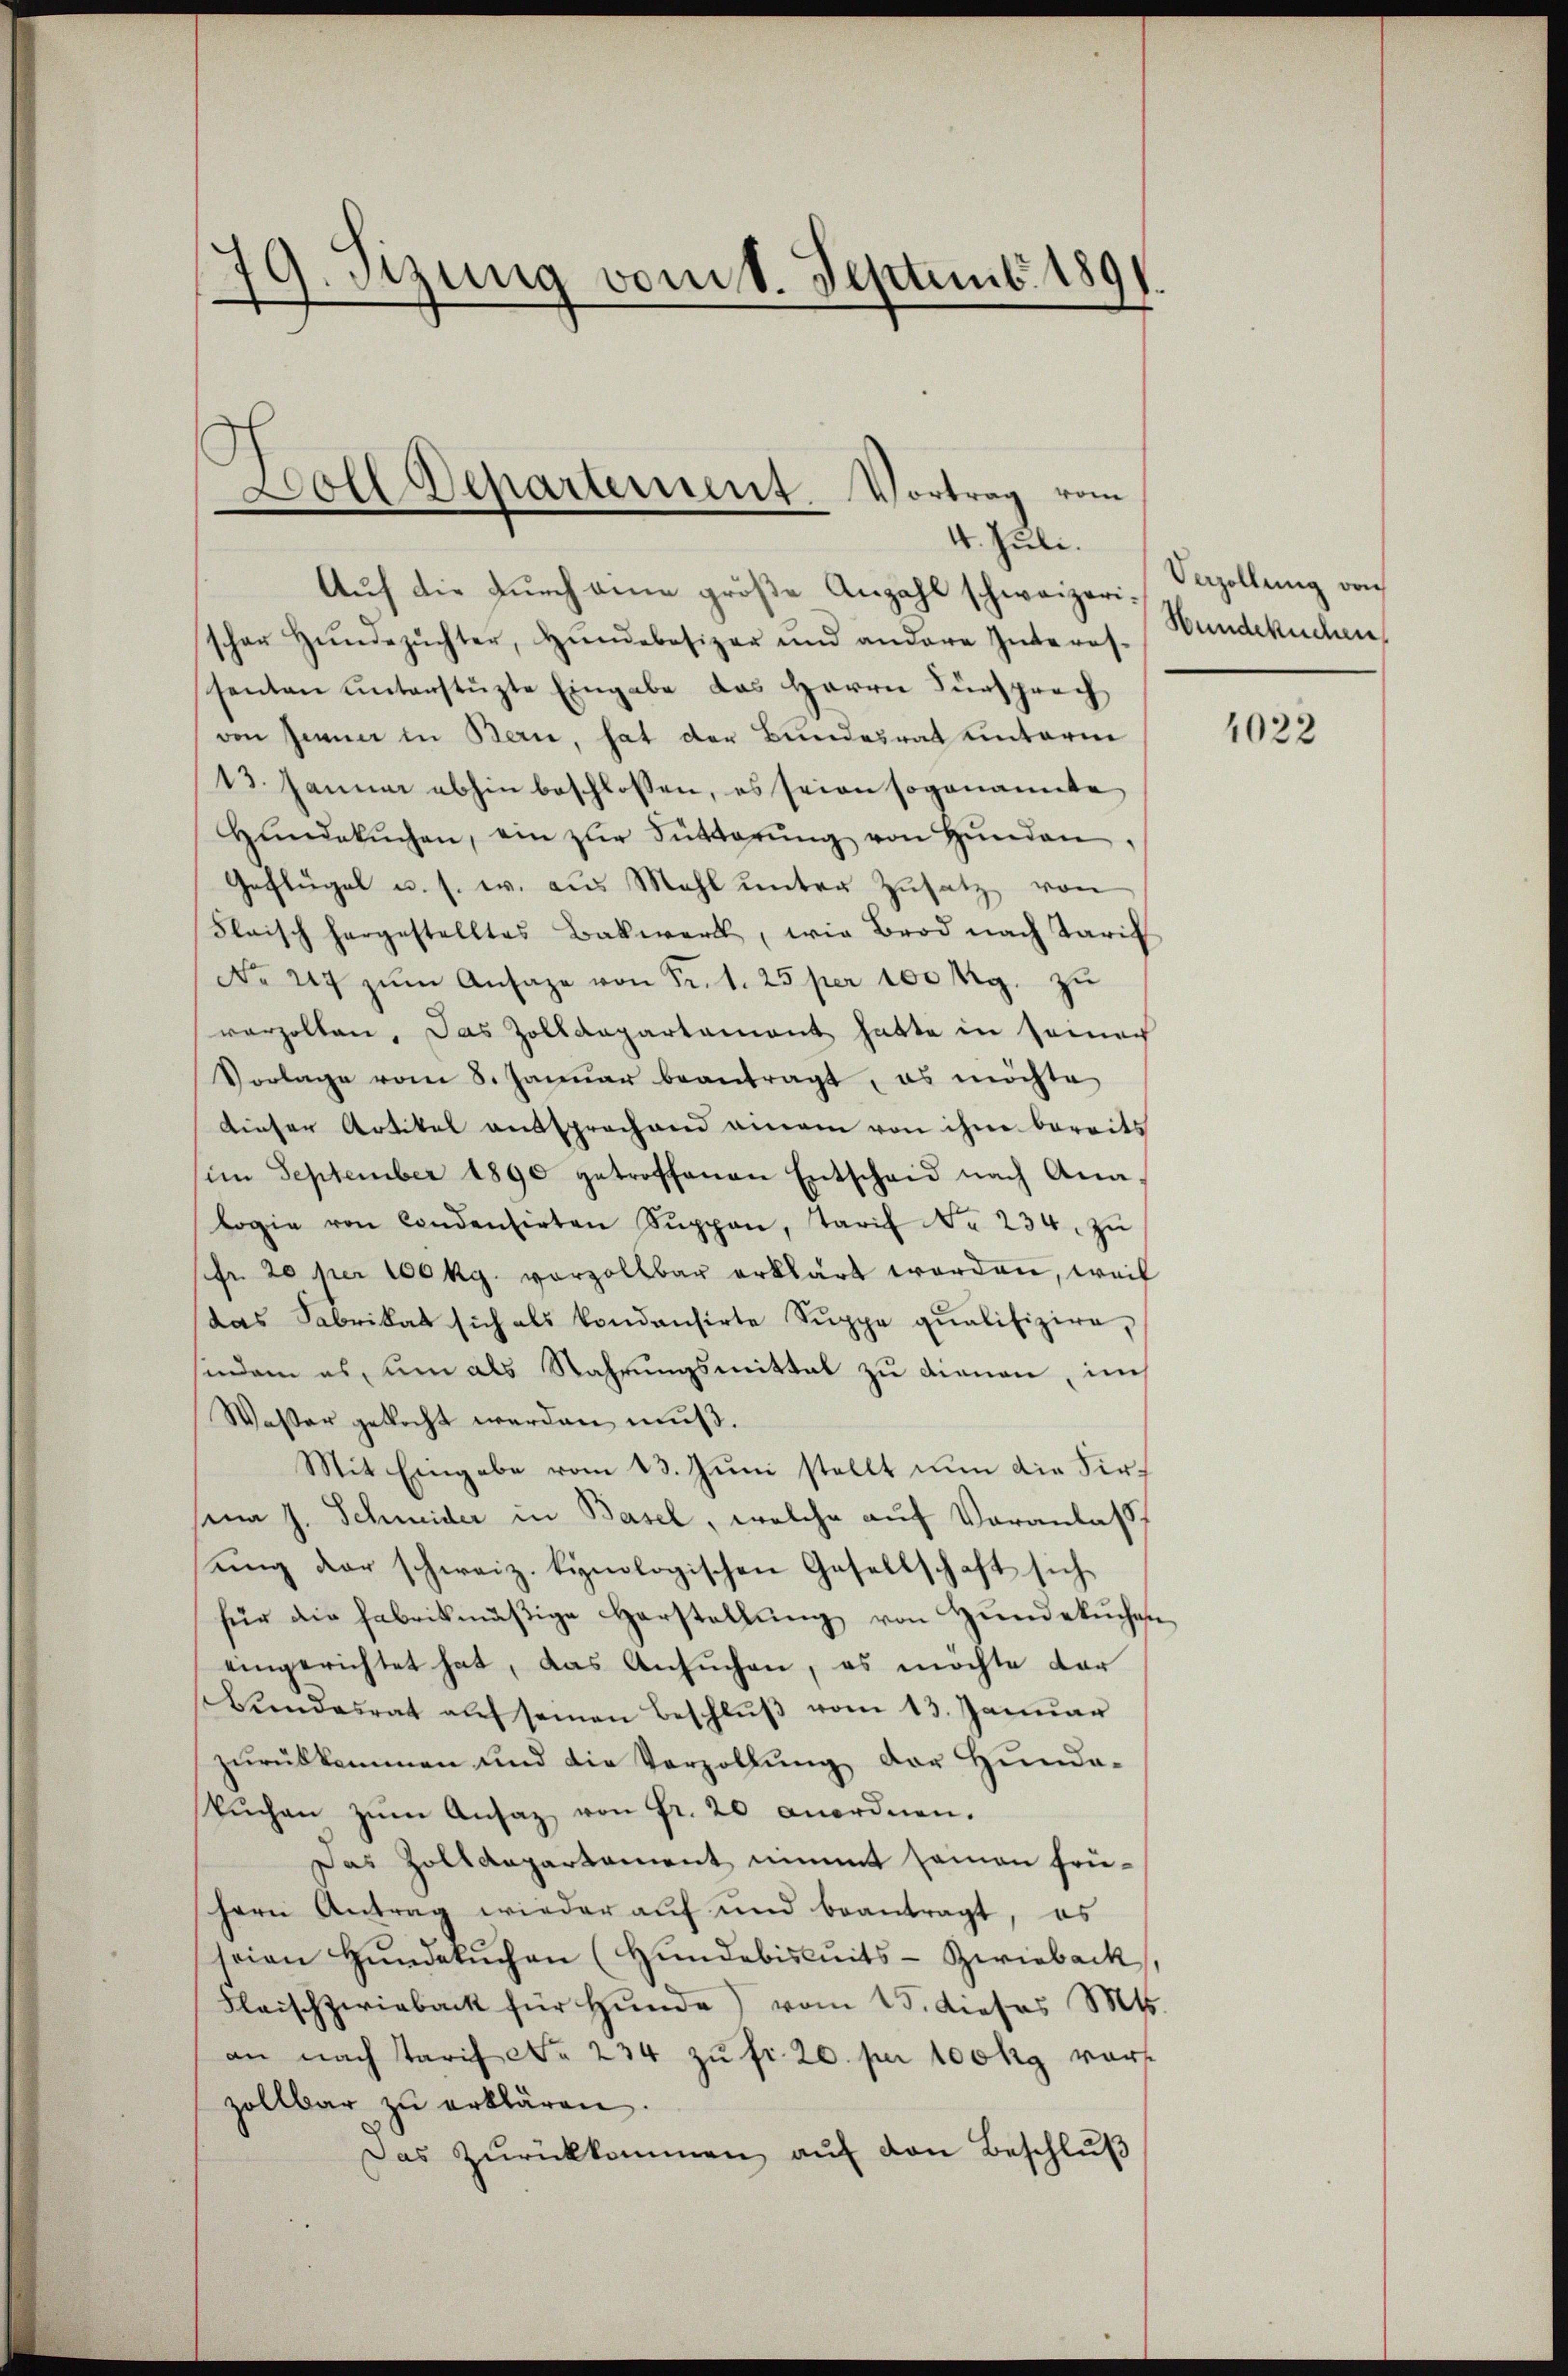
d. Sizung vom 18. Septemb. 1891
.

Doll Departement. Vortrag vom
4. Juli.

Auf die durch eine größe Anzahl schweizerischer Hŭndezüchter, Hŭndebesizer und andere Interes-
senten unterstüzte Eingabe das Herrn Fürsprach
von Jenner in Bern, hat der Bundesrat hinterm
13. Januar abhin beschlossen, es seien sogenannte
Hŭndekŭchen, ein zŭr Fütterŭng von Hŭnden,
Geflügel u. s. w. aus Mahl unter Zusatz von
Fleisch hergestelltes Bakwerk, wie Brod nach Tarif
No 217 zŭm Ansage von Fr. 1. 25 per 100 Rg. zu
vorzollen. Das Zolldepartament hatte in seinach
Vorlage vom 8. Januar beantragt, es möchte
dieser Artikel entsprechend einem von ihne bereits
(im September 1890 getroffenen Entscheid nach Ana-
logie von Candentirten Sŭppan, Tarif No 234. zŭ
sfr. 20 per 100 kg. vorzollbar erklärt worden, weil
das Fabrikat sich als kondansirte Suppe qualifizire,
indam es, um als Nahrungsmittal zu dienen, im
Wasser gekocht werden muß.
Mit Eingabe vom 13. Juni stellt nun die Firf
ma J. Schmider in Basel, welche auf Veranlaßt
ung der schweiz. kynologischen Gesellschaft sich
für die fabrikmäβige Herstellŭng von Hŭndekŭchen,
eingerichtet hat, das Ansuchen, es möchte der
sbundesrat auf seinen Beschluß vom 13. Januar
zŭrükkommen und die Verzollŭng der Hŭnda-
Bŭchen zŭm Ansaz von Fr. 20 anordnen.
Das Zolldepartement nimmt samen frühern Antrag wieder auf und beantragt, es
seien Hŭndebŭchen (Hundebiskuits-Zwieback,
Fleischzwieback für Hŭnde) vom 15. dieses M.
an nach Tarif No 234 zŭ fr. 20. pr 100 kg vorzollbar zŭ erklären.
Das Zurückkommen, auf von Beschluß

Vezollung von
Hundekuchen

1022